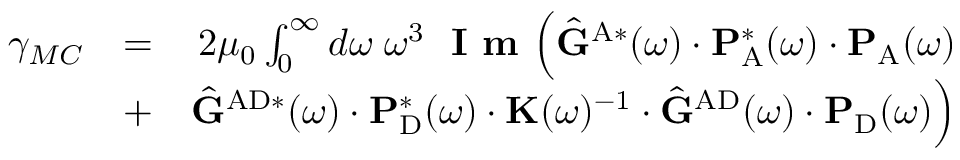
\begin{array} { r l r } { \gamma _ { M C } } & { = } & { 2 \mu _ { 0 } \int _ { 0 } ^ { \infty } d \omega \; \omega ^ { 3 } \; \textbf { I m } \Big ( \hat { \mathbf { G } } ^ { \mathrm { A } * } ( \omega ) \cdot \mathbf { P } _ { \mathrm { A } } ^ { * } ( \omega ) \cdot \mathbf { P } _ { \mathrm { A } } ( \omega ) } \\ & { + } & { \hat { \mathbf { G } } ^ { \mathrm { A D } * } ( \omega ) \cdot \mathbf { P } _ { \mathrm { D } } ^ { * } ( \omega ) \cdot \mathbf { K } ( \omega ) ^ { - 1 } \cdot \hat { \mathbf { G } } ^ { \mathrm { A D } } ( \omega ) \cdot \mathbf { P } _ { \mathrm { D } } ( \omega ) \Big ) } \end{array}